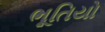
ભૂતિયો